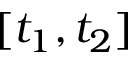
[ t _ { 1 } , t _ { 2 } ]